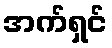
အက်ရှင်